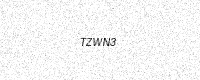
Text: TZWN3